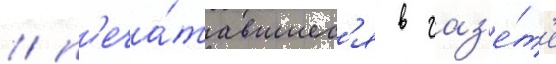
/ п'еча́тавшиес'я в газ'е́т'е